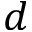
d